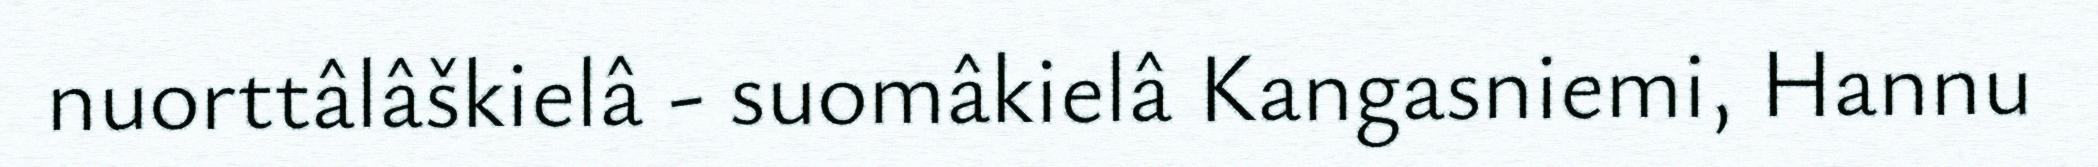
nuorttâlâškielâ - suomâkielâ Kangasniemi, Hannu